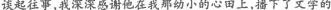
谈起往事，我深深感谢他在我那幼小的心田上，播下了文学的